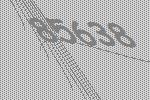
85638